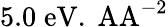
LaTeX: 5.0\; \mathrm{eV.\ AA}^{-2}